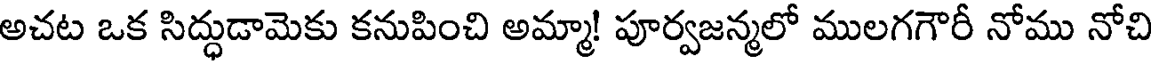
అచట ఒక సిద్ధుడామెకు కనుపించి అమ్మా! పూర్వజన్మలో ములగగౌరీ నోము నోచి